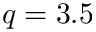
q = 3 . 5